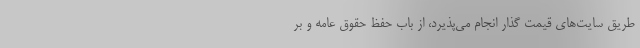
طریق سایت‌های قیمت گذار انجام می‌پذیرد، از باب حفظ حقوق عامه و بر